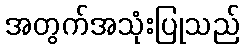
အတွက်အသုံးပြုသည်